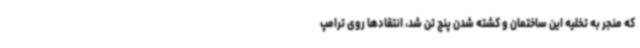
که منجر به تخلیه این ساختمان و کشته شدن پنج تن شد، انتقادها روی ترامپ